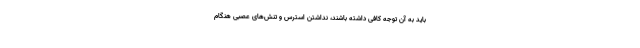
باید به آن توجه کافی داشته باشند، نداشتن استرس و تنش‌های عصبی هنگام